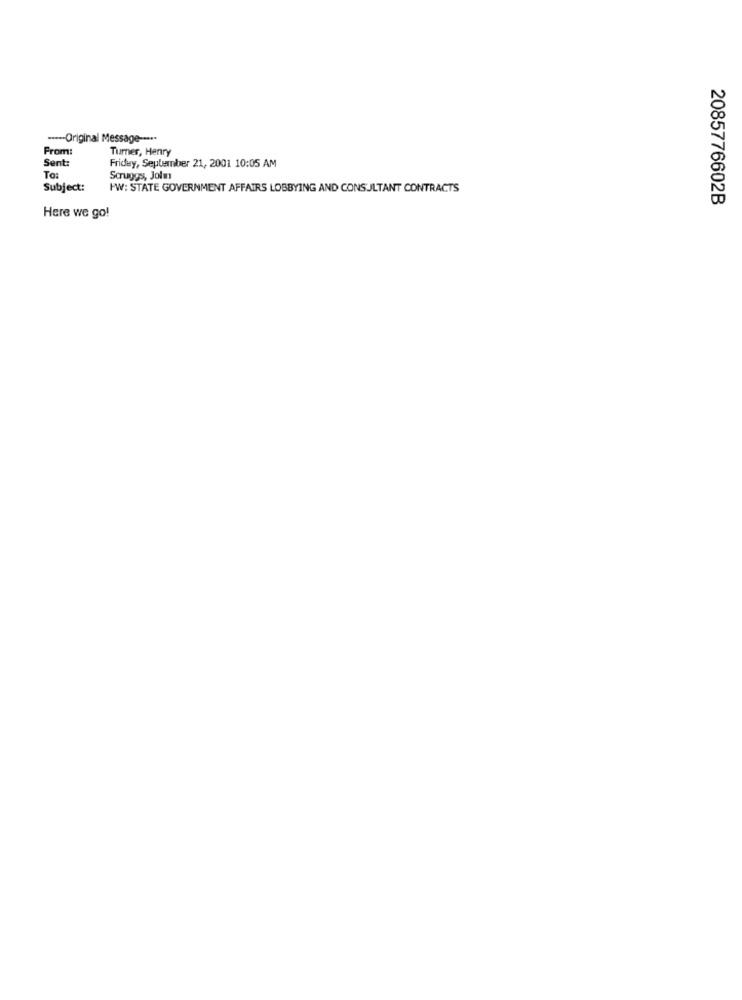
----- Original Message --***
From:
Turner, Henry
Sent:
Friday, September 21, 2001 10:05 AM
To:
Scruggs, Jolw
Subject:
PW: STATE GOVERNMENT AFFAIRS LOBBYING AND CONSULTANT CONTRACTS
2085776602B
Here we go!